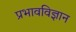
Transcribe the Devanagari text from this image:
प्रभावविज्ञान